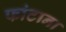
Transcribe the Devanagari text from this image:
फांटाना